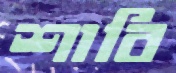
শাবি